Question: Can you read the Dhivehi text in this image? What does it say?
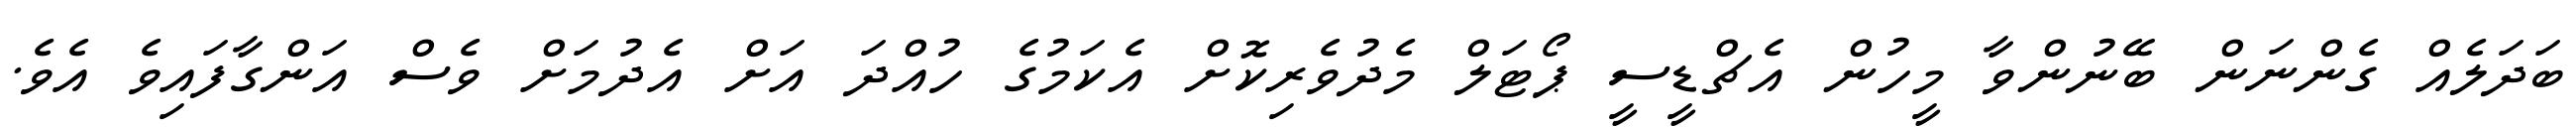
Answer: ބަދަލެއް ގެންނަން ބޭނުންވާ މީހުން އެޗްޑީސީ ޕޯޓަލް މެދުވެރިކޮށް އެކަމުގެ ހުއްދަ އަށް އެދުމަށް ވެސް އަންގާފައިވެ އެވެ.